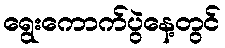
ရွေးကောက်ပွဲနေ့တွင်